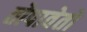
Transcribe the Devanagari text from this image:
तोपावेतो